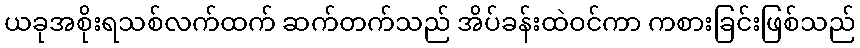
ယခုအစိုးရသစ်လက်ထက် ဆက်တက်သည် အိပ်ခန်းထဲဝင်ကာ ကစားခြင်းဖြစ်သည်